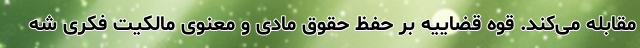
مقابله می‌کند. قوه قضاییه بر حفظ حقوق مادی و معنوی مالکیت فکری شه